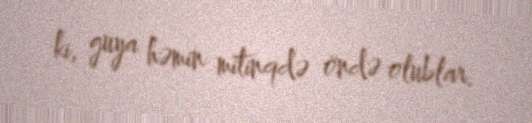
ki, guya həmin mitinqdə öndə olublar.